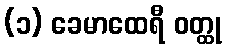
(၁) ခေမာထေရီ ဝတ္ထု